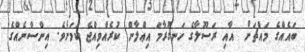
ބައެއްގެ މައްޗަށް  އާއި ރަސޫލާގެ ހަނގުރާމަ އިޢްލާން ކުރެއްވިއްޖެ ކަމަށެވެ. އިންސާނެއްގެ